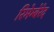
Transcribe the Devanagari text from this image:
रिमेम्बेरेद